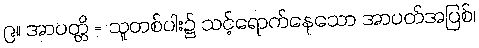
၉။ အာပတ္တိ = သူတစ်ပါး၌ သင့်ရောက်နေသော အာပတ်အပြစ်၊